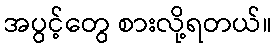
အပွင့်တွေ စားလို့ရတယ်။